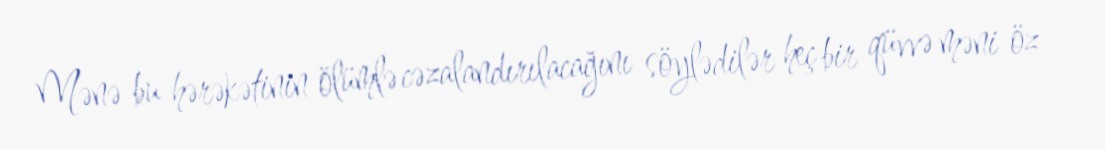
Mənə bu hərəkətinin ölümlə cəzalandırılacağını söylədilər heç bir qüvvə məni öz